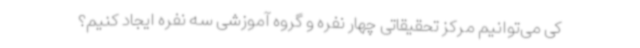
کی می‌توانیم مرکز تحقیقاتی چهار نفره و گروه آموزشی سه نفره ایجاد کنیم؟